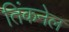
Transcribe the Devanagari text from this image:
तिंकनेल